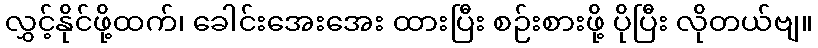
လွှင့်နိုင်ဖို့ထက်၊ ခေါင်းအေးအေး ထားပြီး စဉ်းစားဖို့ ပိုပြီး လိုတယ်ဗျ။